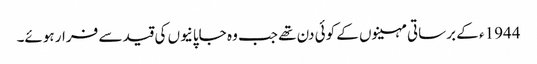
1944ء کے برساتی مہینوں کے کوئی دن تھے جب وہ جاپانیوں کی قید سے فرار ہوئے۔